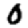
Digit: 0